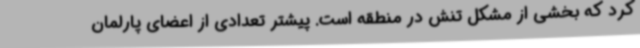
کرد که بخشی از مشکل تنش در منطقه است. پیشتر تعدادی از اعضای پارلمان